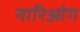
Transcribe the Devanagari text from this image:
नारिआंग